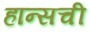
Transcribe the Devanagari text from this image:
हान्सची